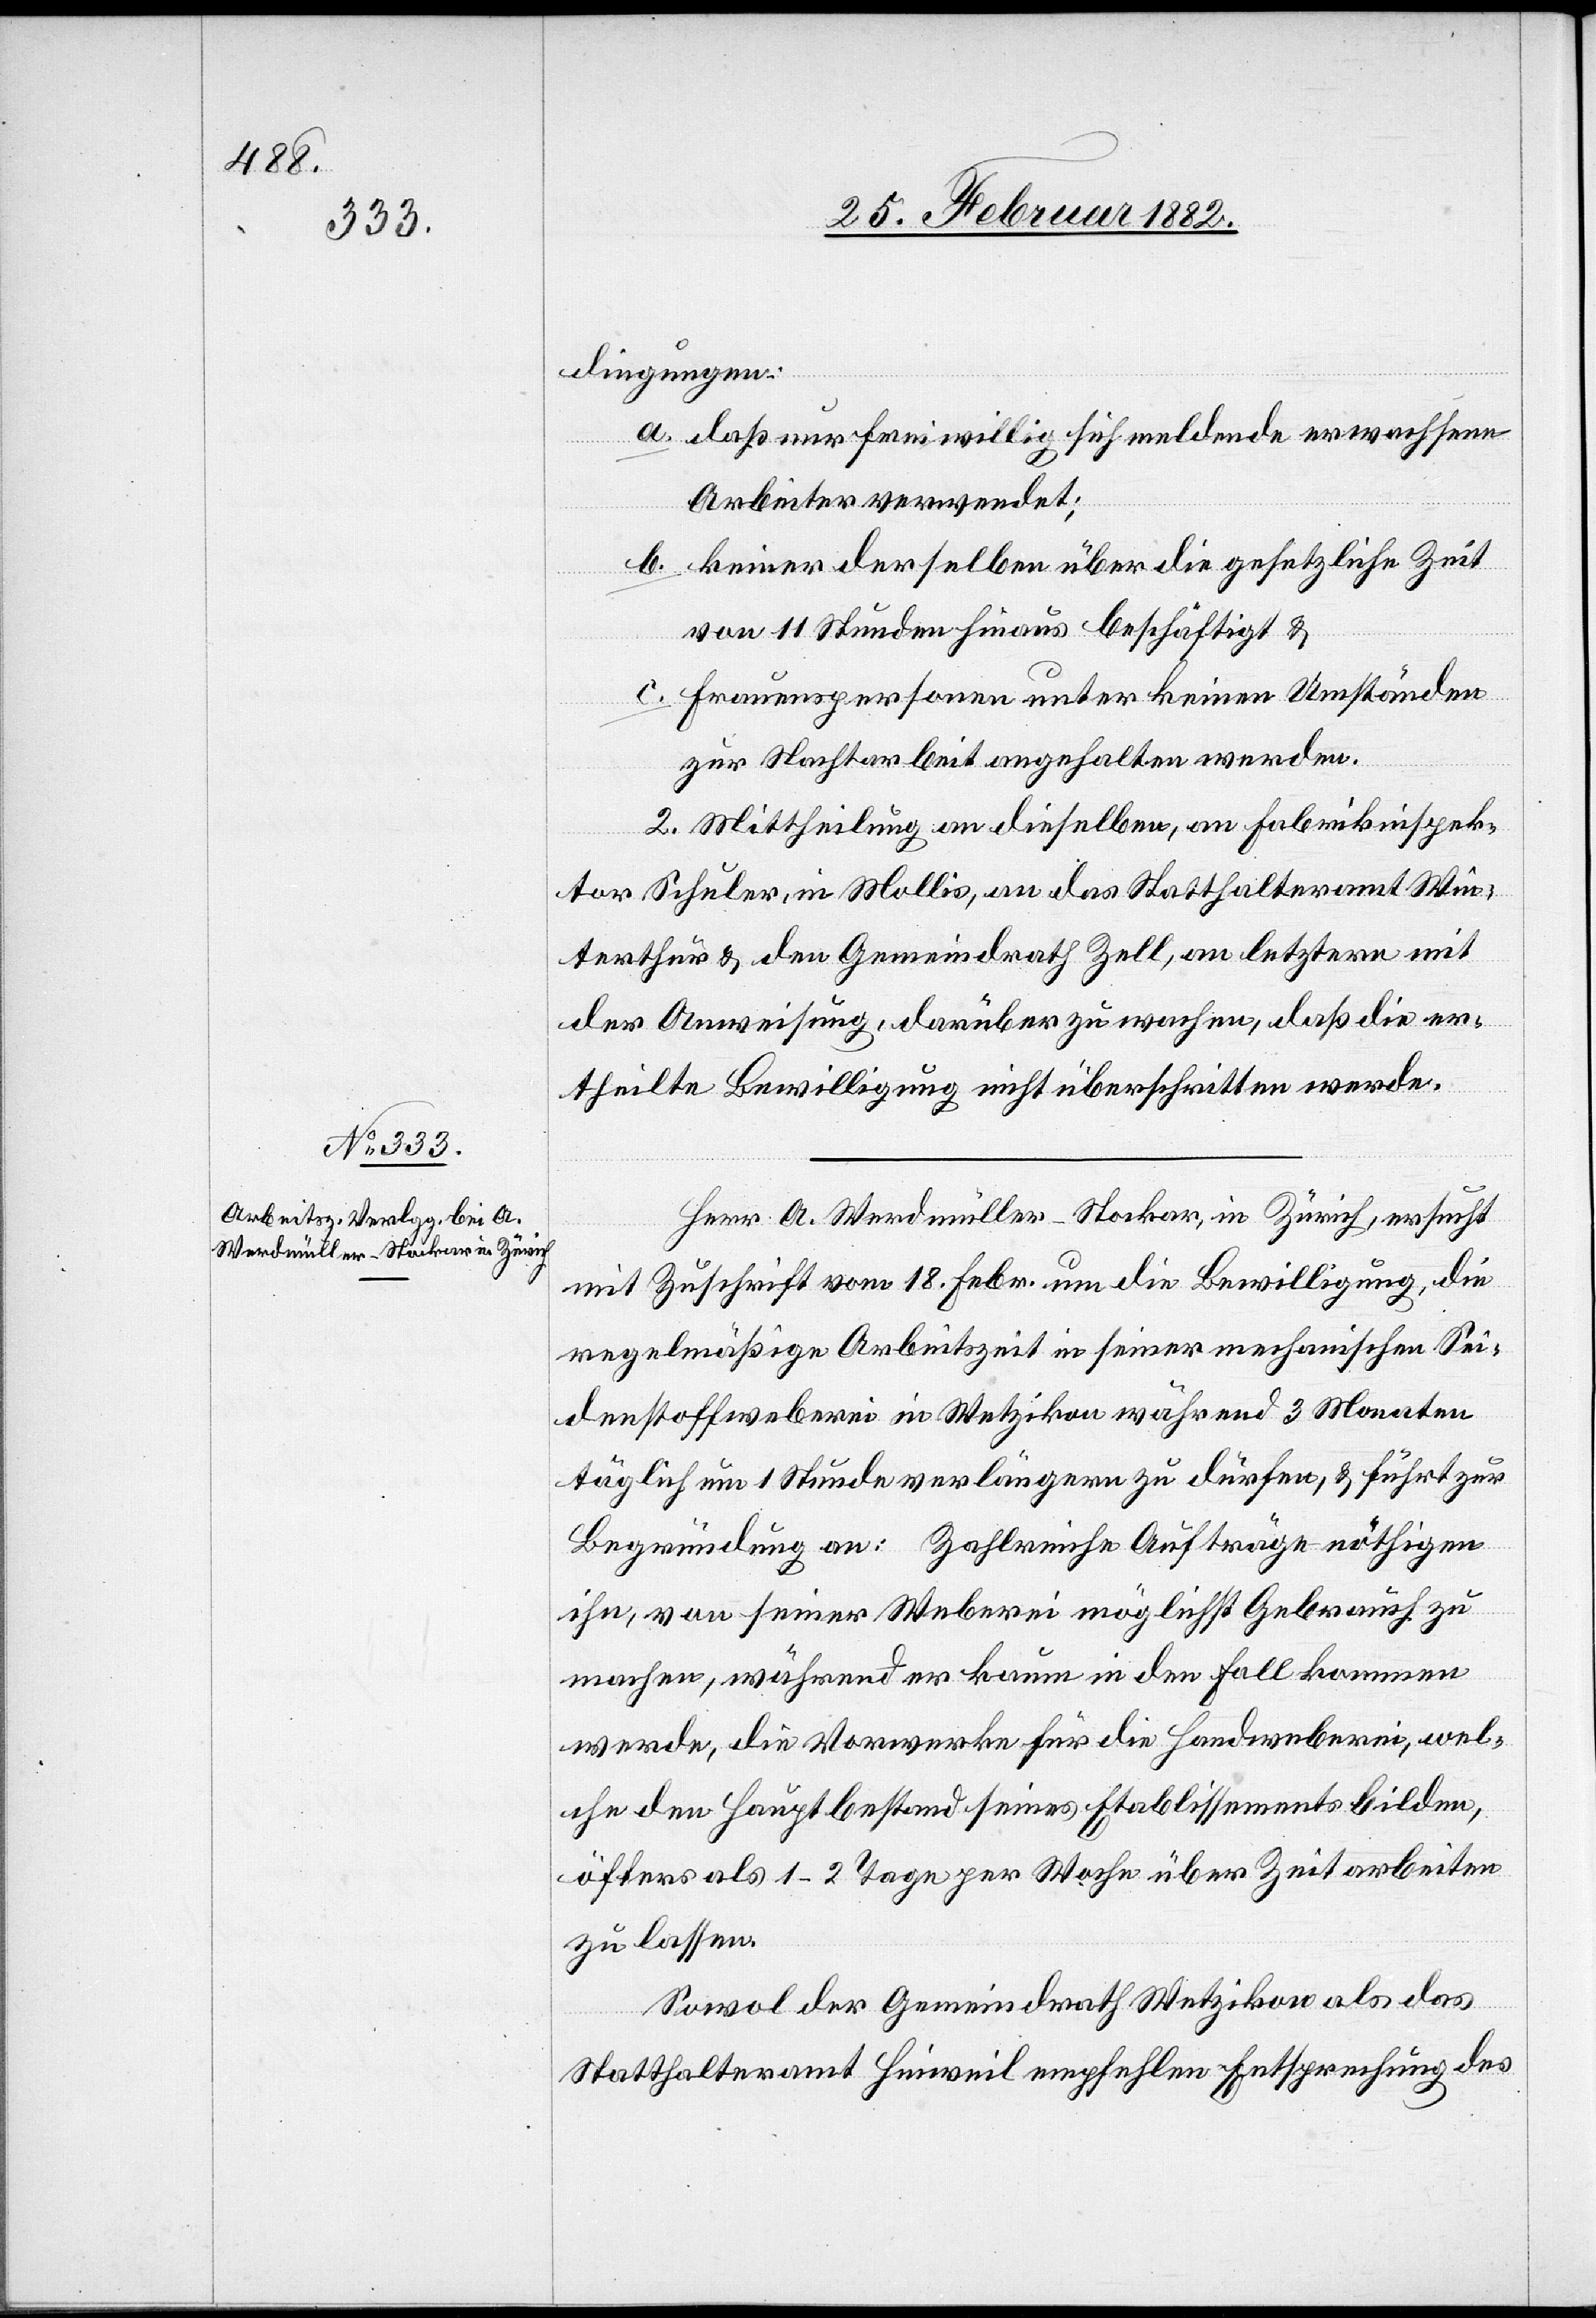
dingungen:
a. daß nur freiwillig sich meldende erwachsene
Arbeiter verwendet;
b. keiner derselben über die gesetzliche Zeit
von 11 Stunden hinaus beschäftigt &
c. Frauenspersonen unter keinen Umständen
zur Nachtarbeit angehalten werden.
2. Mittheilung an dieselben, an Fabrikinspek¬
tor Schuler, in Mollis, an das Statthalteramt Win¬
terthur & den Gemeindrath Zell, an letztern mit
der Anweisung, darüber zu wachen, daß die er¬
theilte Bewilligung nicht überschritten werde.
Herr A. Werdmüller - Stockar, in Zürich, ersucht
mit Zuschrift vom 18. Febr. um die Bewilligung, die
regelmäßige Arbeitszeit in seiner mechanischen Sei¬
denstoffweberei in Wetzikon während 3 Monaten
täglich um 1 Stunde verlängern zu dürfen, & führt zur
Begründung an: Zahlreiche Aufrage nöthigen
ihn, von seiner Weberei möglichst Gebrauch zu
machen, während er kaum in den Fall kommen
werden, die Vorwerke für die Handweberei, wel¬
che den Hauptbestand seines Etablissements bilden,
öfters als 1–2 Tage per Woche über Zeit arbeiten
zu lassen.
Sowol der Gemeindrath Wetzikon als das
Statthalteramt Hinweil empfehlen Entsprechung des